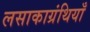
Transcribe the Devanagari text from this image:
लसाकाग्रंथियाँ